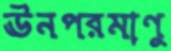
ঊনপরমাণু